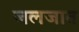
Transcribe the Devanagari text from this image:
जलजात